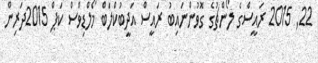
22